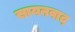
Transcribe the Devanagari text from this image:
सायनवाद